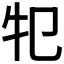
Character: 𤘕